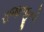
રાજાજીનો